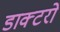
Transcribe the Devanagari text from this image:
डाक्टरो